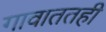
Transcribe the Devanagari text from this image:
गावाततही